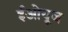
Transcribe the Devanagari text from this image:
ईओयूज